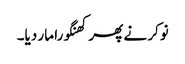
نوکر نے پھر کھنگورا مار دیا۔